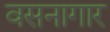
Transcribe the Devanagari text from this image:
वसनागार